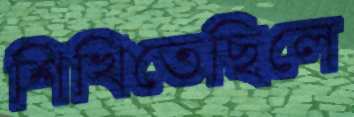
শিখিতেছিলে